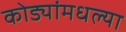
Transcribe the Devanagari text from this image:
कोड्यांमधल्या